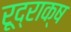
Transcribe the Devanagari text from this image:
रूद्राक्ष